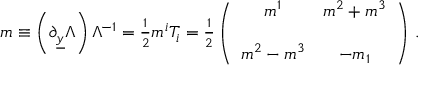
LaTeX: m \equiv \left( \partial _ { \underline { { { y } } } } \Lambda \right) \Lambda ^ { - 1 } = { \textstyle \frac { 1 } { 2 } } m ^ { i } T _ { i } = { \textstyle \frac { 1 } { 2 } } \left( \begin{array} { c c } { { m ^ { 1 } } } & { { m ^ { 2 } + m ^ { 3 } } } \\ { { } } & { { } } \\ { { m ^ { 2 } - m ^ { 3 } } } & { { - m _ { 1 } } } \end{array} \right) \, .